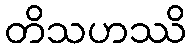
တိသဟဿိ